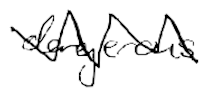
Text: dangerous
Cross-out: zig-zag
Writing tool: digital_black